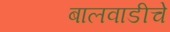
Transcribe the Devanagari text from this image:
बालवाडीचे